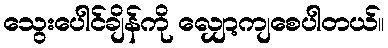
သွေးပေါင်ချိန်ကို လျှော့ကျစေပါတယ်။